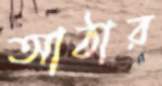
আঠার